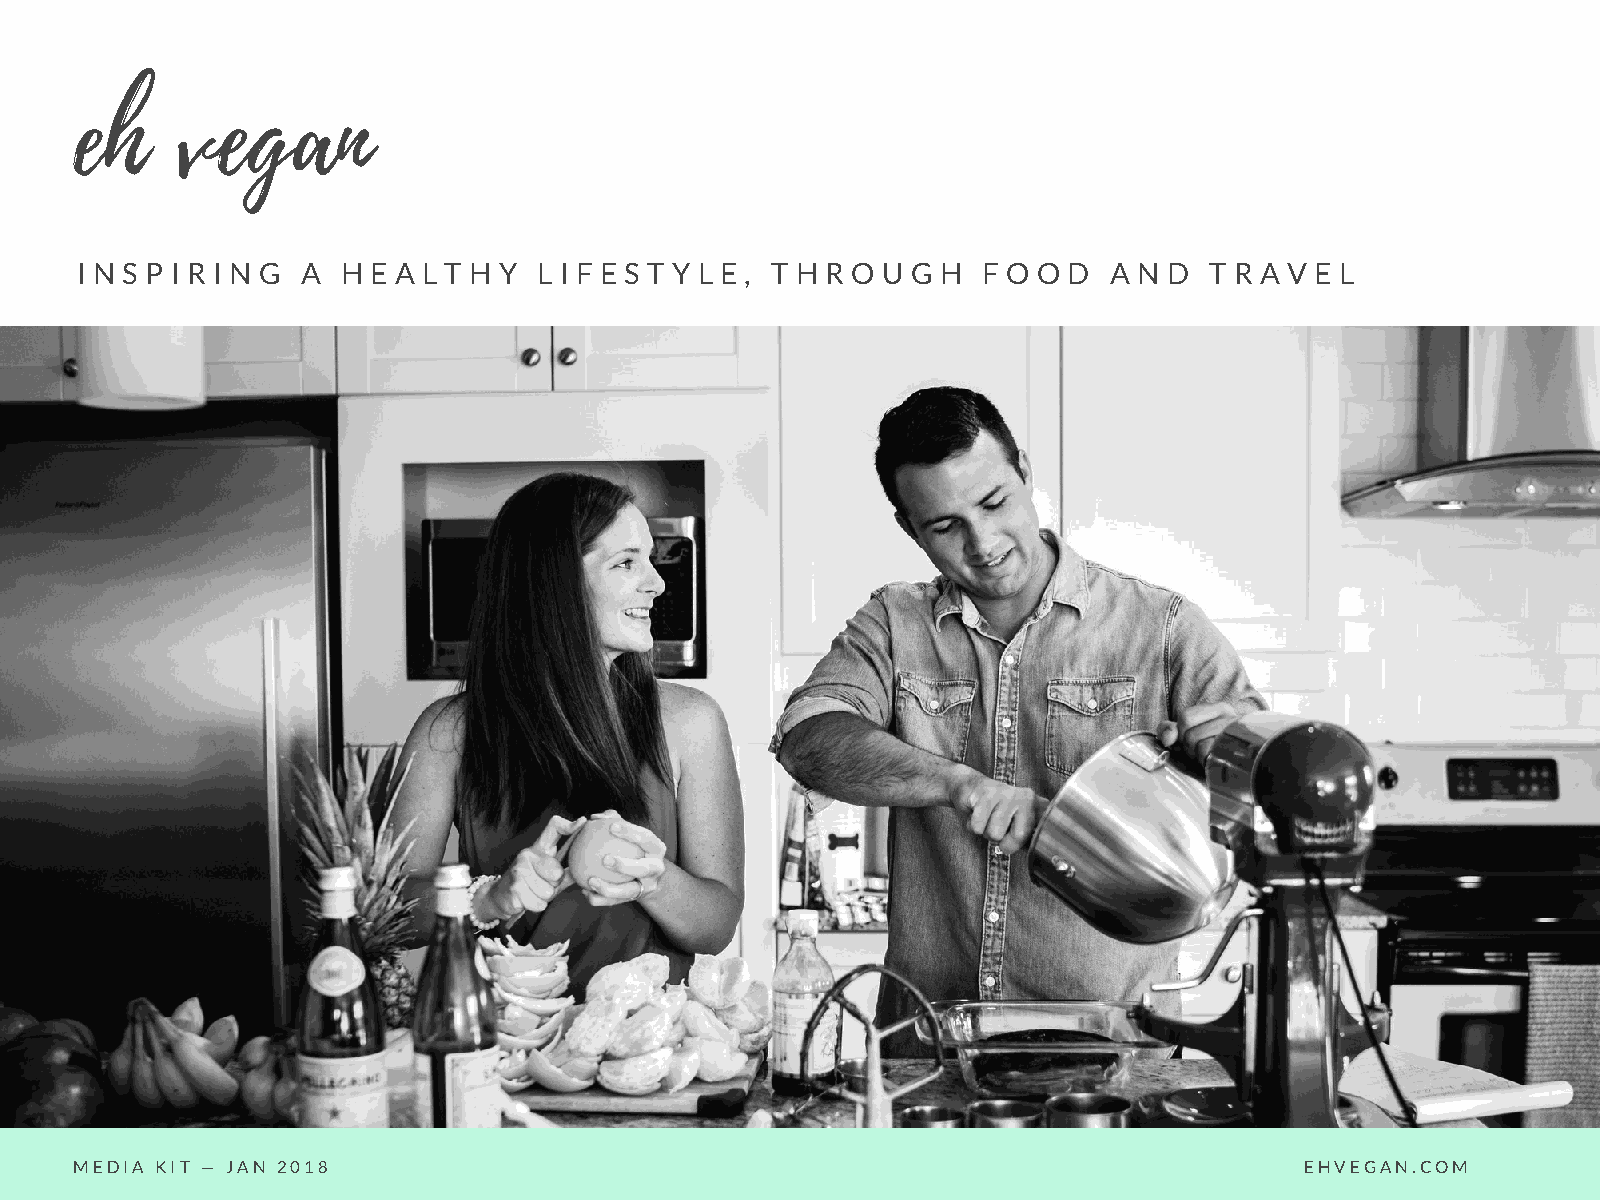
eh     vegan
 I N S P I R I N G A H E A L T H Y L I F E S T Y L E , T H R O U G H F O O D A N D T R A V E L
 MEDIA KIT — JAN 2018                                                             EHVEGAN.COM